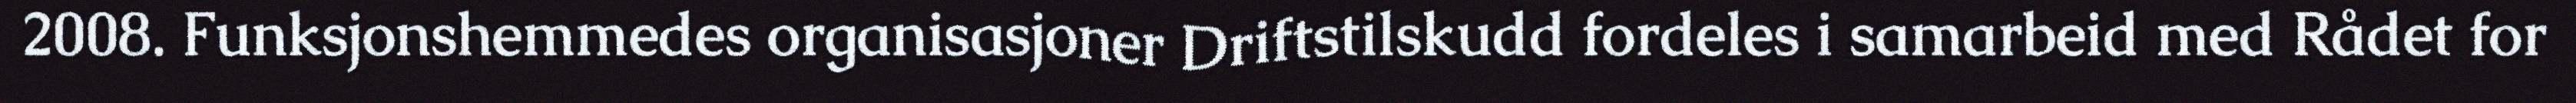
2008. Funksjonshemmedes organisasjoner Driftstilskudd fordeles i samarbeid med Rådet for